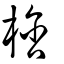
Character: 梒